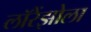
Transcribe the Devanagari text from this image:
लॉरेंझोला